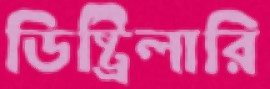
ডিষ্ট্রিলারি